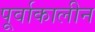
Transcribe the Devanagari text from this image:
पूर्वाकालीन